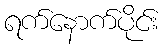
ရက်နောက်ပိုင်း